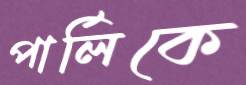
পার্লিকে